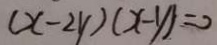
( x - 2 y ) ( x - y ) = 0